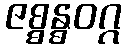
ဇစ္စန္ဓဝဂ္ဂ